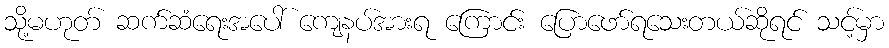
သို့မဟုတ် ဆက်ဆံရေးအပေါ် ကျေနပ်အားရ ကြောင်း ပြောဖော်ရသေးတယ်ဆိုရင် သင့်မှာ